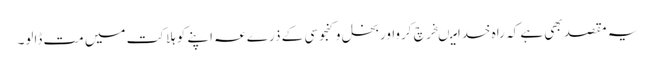
یہ مقصد بھی ہے کہ راہ خدامیںخرچ کرواوربخل وکنجوسی کے ذرےعہ اپنے کو ہلاکت میں مت ڈالو۔